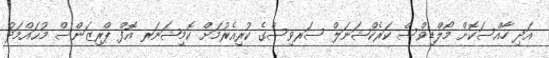
އަދި ހާއްސަކޮށް މޯލްޑިވްސް ކަރެކްޝަނަލް ސަރވިސްގެ ކުރިއެރުމަށް ކޮމިޝަނަރ އޮފް ޕްރިޒަންސް މުޙައްމަދު